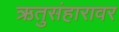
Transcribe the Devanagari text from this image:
ऋतुसंहारावर